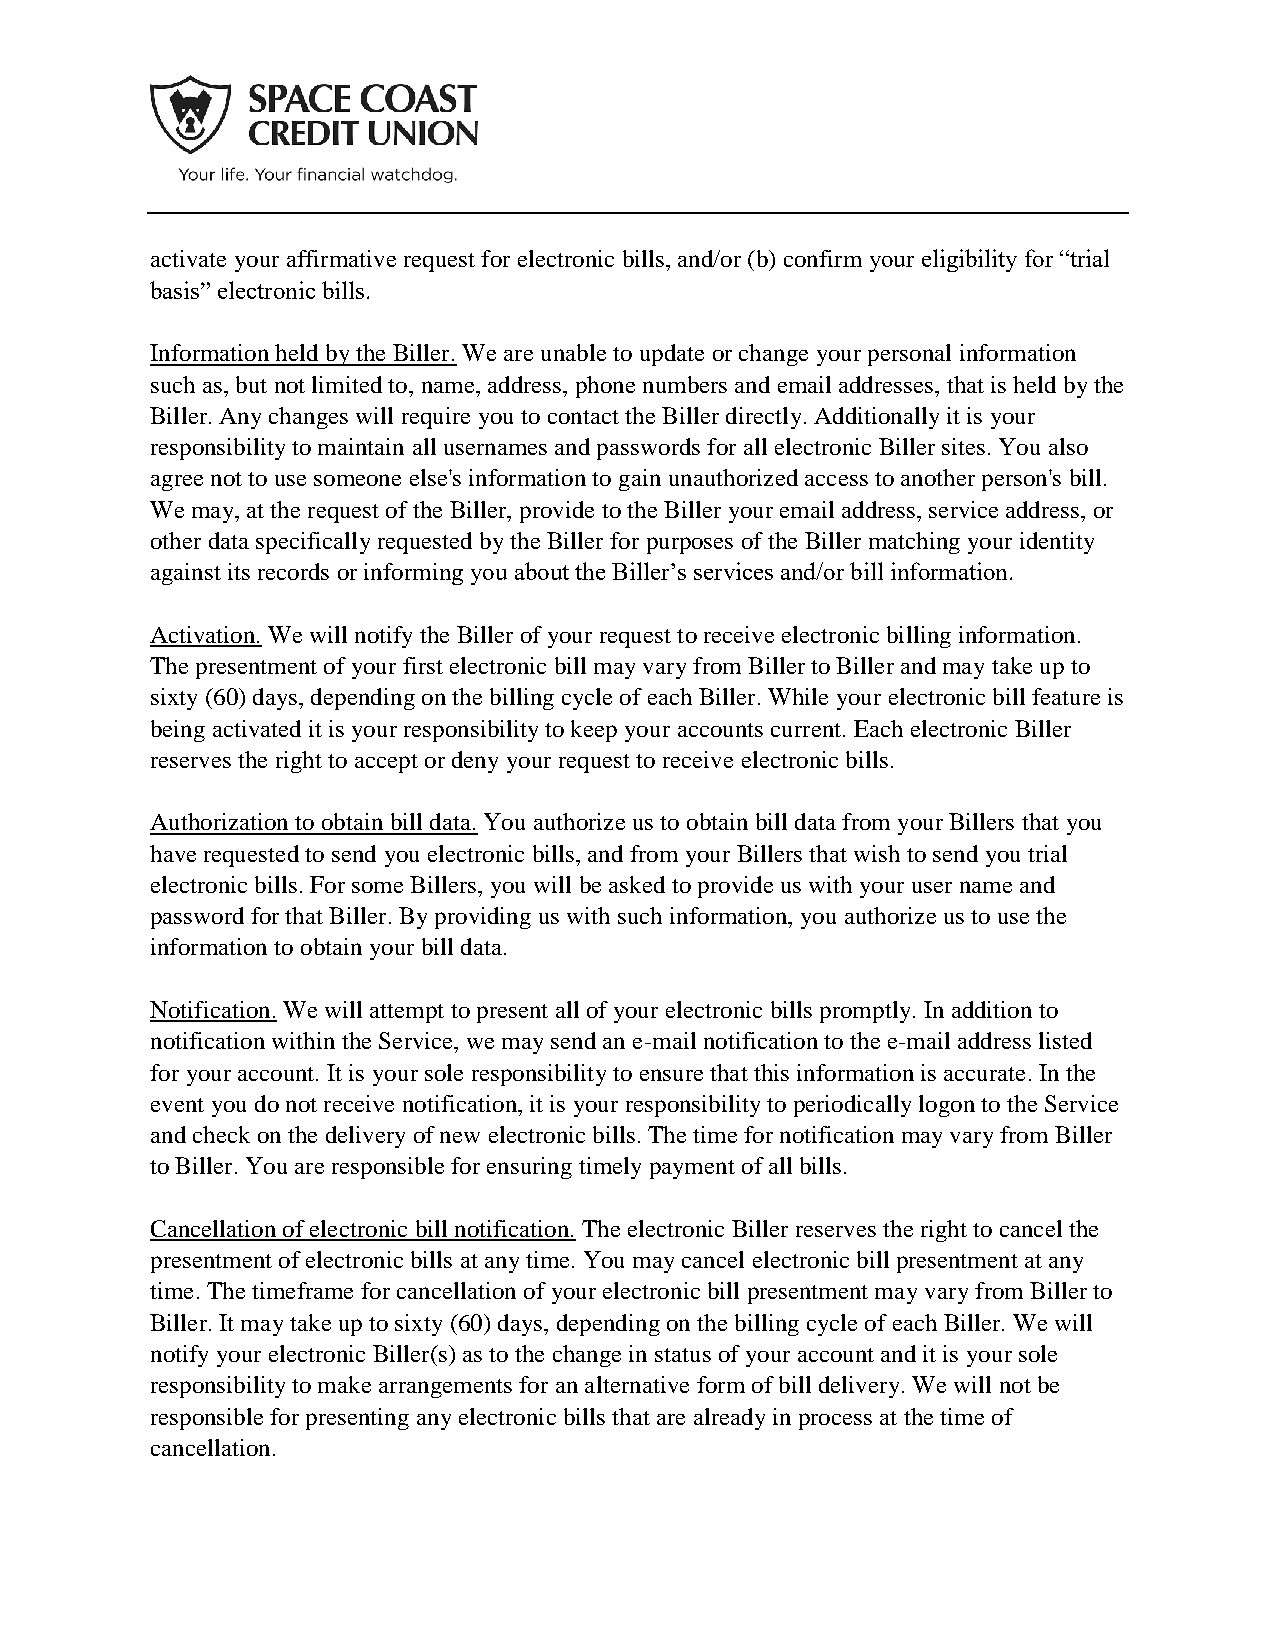
activate your affirmative request for electronic bills, and/or (b) confirm your eligibility for “trial
 basis” electronic bills.
 Information held by the Biller. We are unable to update or change your personal information
 such as, but not limited to, name, address, phone numbers and email addresses, that is held by the
 Biller. Any changes will require you to contact the Biller directly. Additionally it is your
 responsibility to maintain all usernames and passwords for all electronic Biller sites. You also
 agree not to use someone else's information to gain unauthorized access to another person's bill.
 We may, at the request of the Biller, provide to the Biller your email address, service address, or
 other data specifically requested by the Biller for purposes of the Biller matching your identity
 against its records or informing you about the Biller’s services and/or bill information.
 Activation. We will notify the Biller of your request to receive electronic billing information.
 The presentment of your first electronic bill may vary from Biller to Biller and may take up to
 sixty (60) days, depending on the billing cycle of each Biller. While your electronic bill feature is
 being activated it is your responsibility to keep your accounts current. Each electronic Biller
 reserves the right to accept or deny your request to receive electronic bills.
 Authorization to obtain bill data. You authorize us to obtain bill data from your Billers that you
 have requested to send you electronic bills, and from your Billers that wish to send you trial
 electronic bills. For some Billers, you will be asked to provide us with your user name and
 password for that Biller. By providing us with such information, you authorize us to use the
 information to obtain your bill data.
 Notification. We will attempt to present all of your electronic bills promptly. In addition to
 notification within the Service, we may send an e-mail notification to the e-mail address listed
 for your account. It is your sole responsibility to ensure that this information is accurate. In the
 event you do not receive notification, it is your responsibility to periodically logon to the Service
 and check on the delivery of new electronic bills. The time for notification may vary from Biller
 to Biller. You are responsible for ensuring timely payment of all bills.
 Cancellation of electronic bill notification. The electronic Biller reserves the right to cancel the
 presentment of electronic bills at any time. You may cancel electronic bill presentment at any
 time. The timeframe for cancellation of your electronic bill presentment may vary from Biller to
 Biller. It may take up to sixty (60) days, depending on the billing cycle of each Biller. We will
 notify your electronic Biller(s) as to the change in status of your account and it is your sole
 responsibility to make arrangements for an alternative form of bill delivery. We will not be
 responsible for presenting any electronic bills that are already in process at the time of
 cancellation.